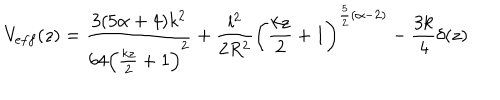
V _ { e f f } ( z ) = \frac { 3 ( 5 \alpha + 4 ) k ^ { 2 } } { 6 4 \left( { \frac { k z } { 2 } } + 1 \right) ^ { 2 } } + { \frac { l ^ { 2 } } { 2 R ^ { 2 } } } \left( { \frac { k z } { 2 } } + 1 \right) ^ { { \frac { 5 } { 2 } } ( \alpha - 2 ) } - { \frac { 3 k } { 4 } } \delta ( z )